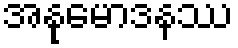
အနုမောဒနဿ